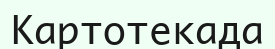
Картотекада